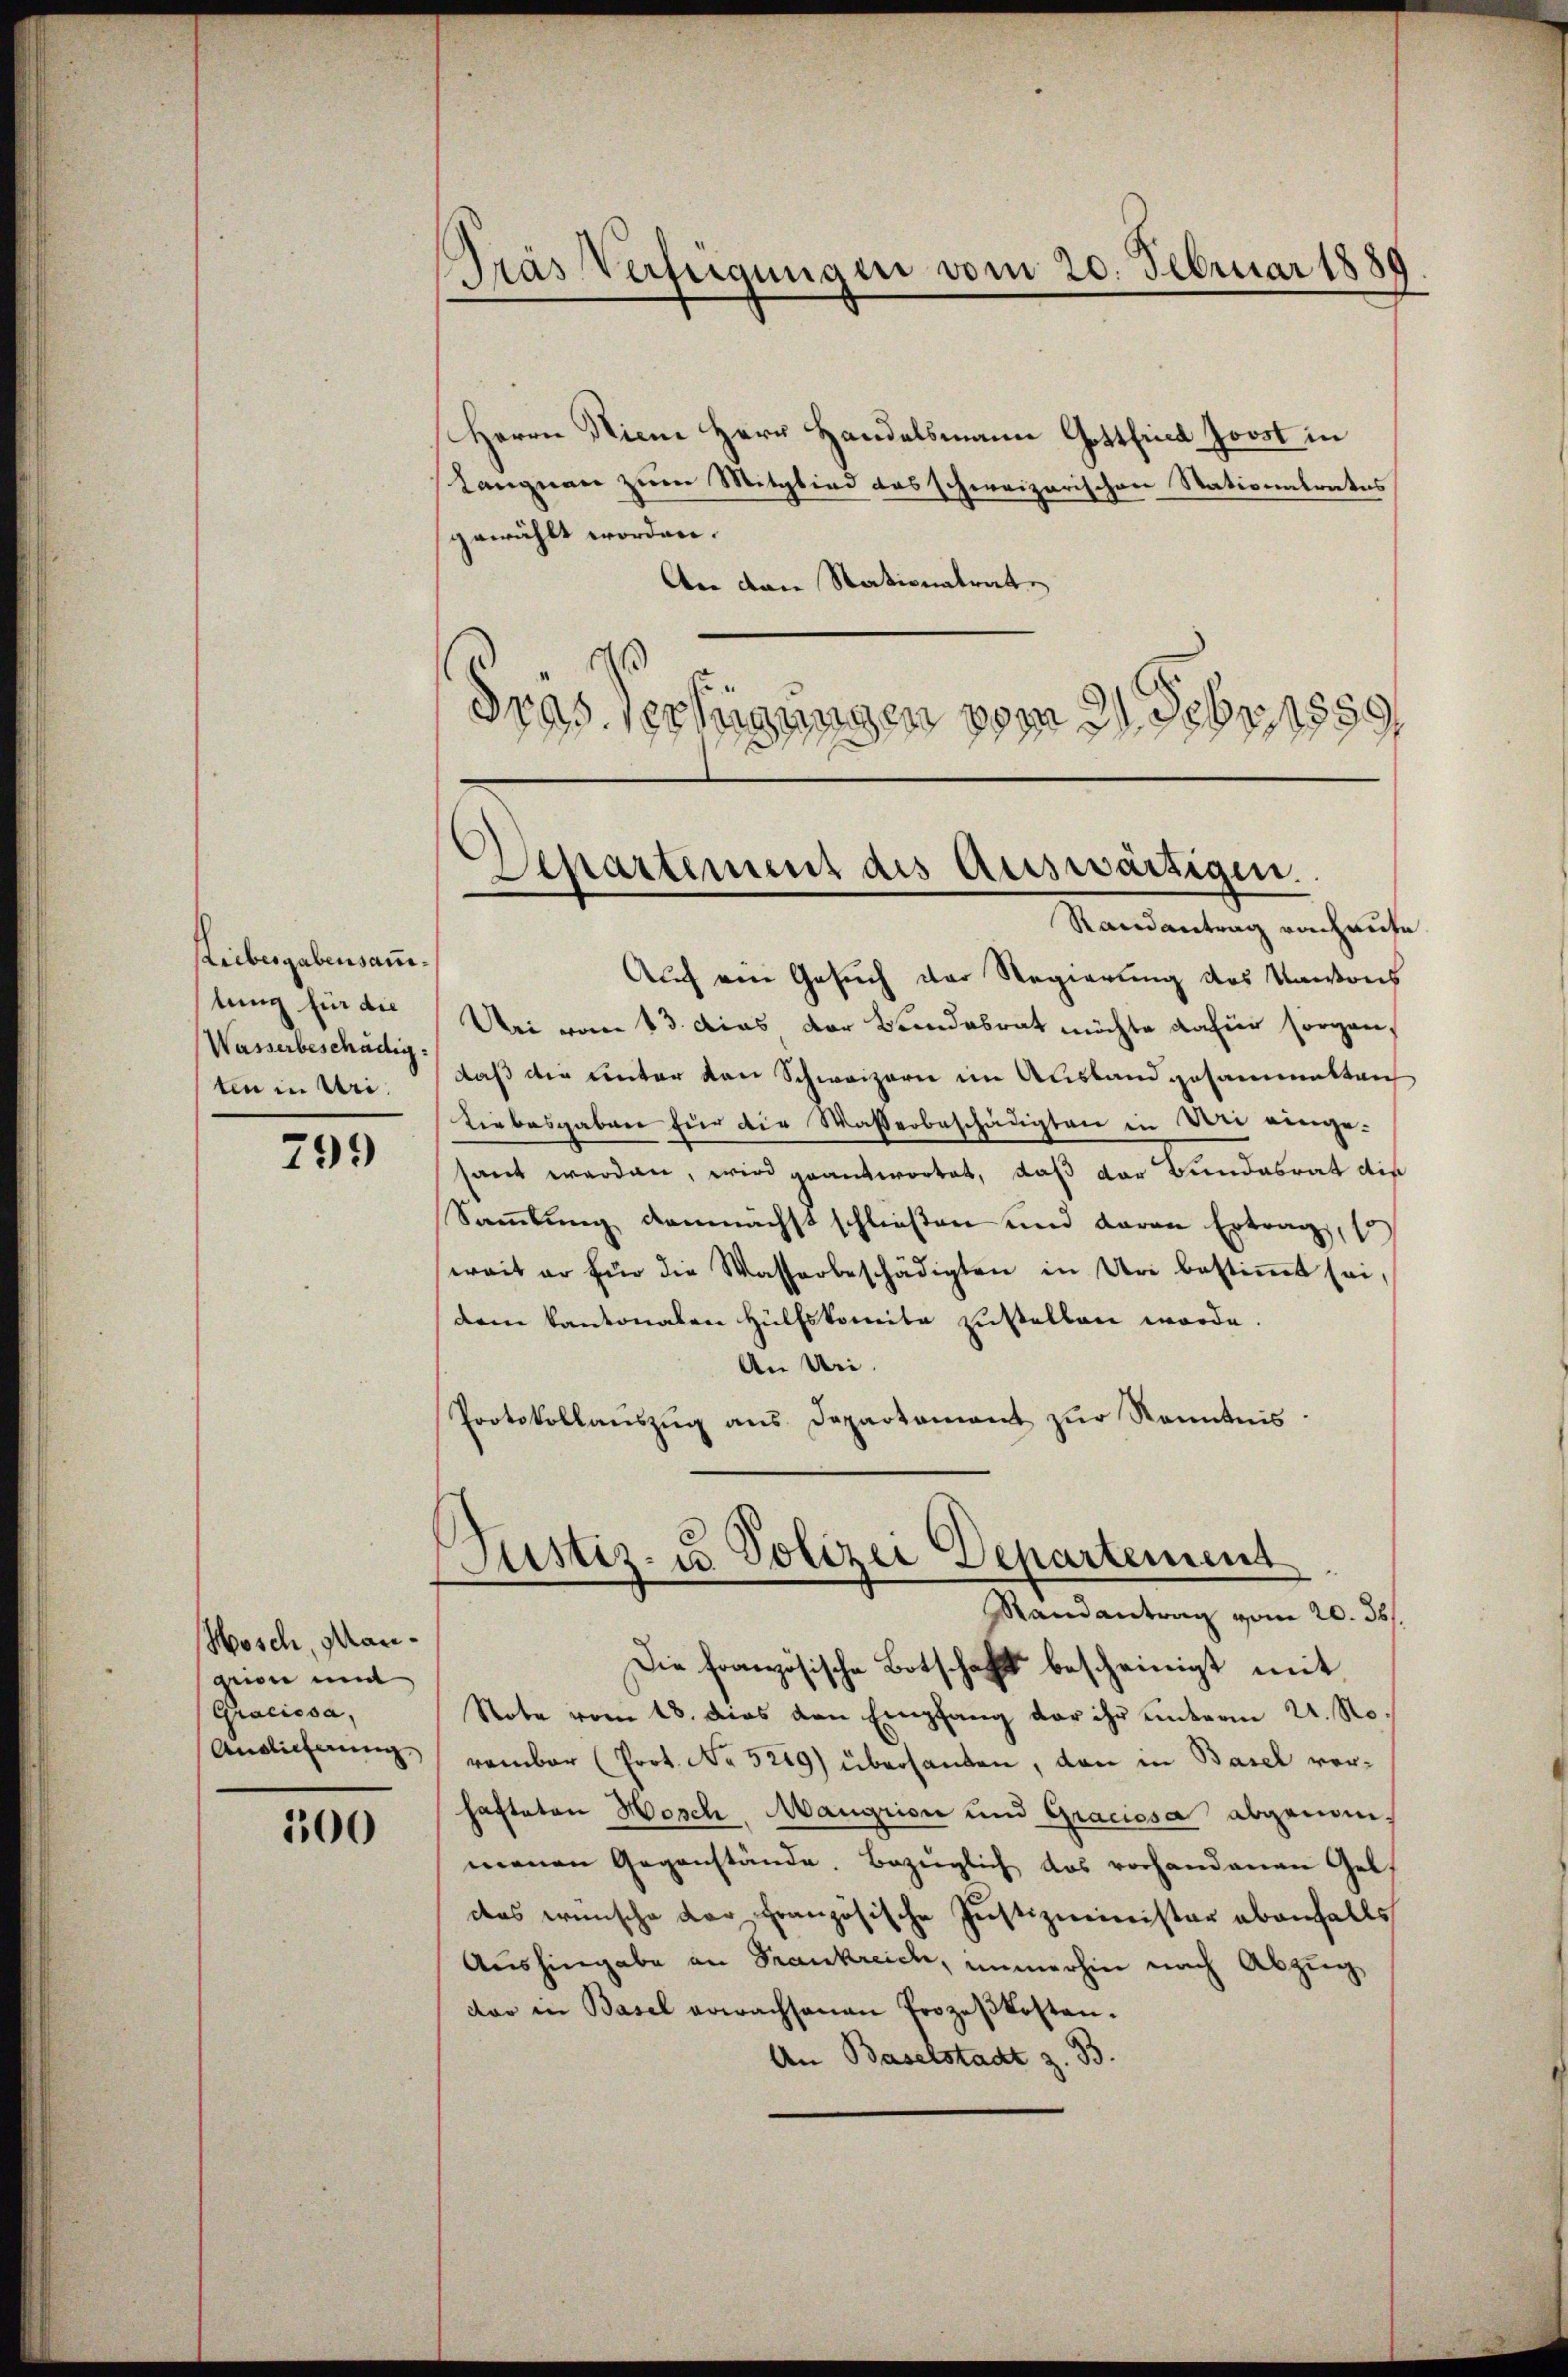
Reibesgabensammtung für die
Wasserbeschädig
ten in Uri.

799

Mosch, Mangrien mi
Graciosa,
Anglicherung.

300

Pras Verfügungen vom 20. Februar 1889

Herrn Nieme Herr Handelsmann Gottfind Joost in
tangnau zum Mitglied des schweizerischen Stationalrates
gewählt worden.
An den Stationalrate
¬
Gras Verfügungen vom 21. Febr. 1889

Separtement des Auswärtigen.

Randantrag von haute
Auch ein Gesuch der Regierung des Kantons
Uri vom 13. das der Bundesrat möchte dafür sorgen,
daß die unter von Schweizern im Ausland gesammettenh
Liebesgaben für die Wasserbeschädigten in Dei einge-
sant werden, wird geantwortet, daß der Bundesrat die
Sammlung demnächst schließen und daran Ertrag,
weit er Ein die Wasserbeschädigten in Uri bestimmt sei,
dem kantonalen Hülfskomite zustellen werde.
An Uri.
Protokollaŭszŭg ans Departament zŭr Kenntnis.

Justiz- u. Polizei Departement
Randantrag vom 20. ds.

Die französische Botschaft bescheinigt mit
Note vom 18. dies von Empfang der ihr unterm 21. November (Prot. No 5249) übersanten, dann in Basel verhafteten Hosch, Maugrion und Graciosa abgenommenen Gegenstände. Bezüglich das vorhandenen Gel
das wünsche der französische Justizminister ebenfalls
Aushingabe an Frankreich, immerhin nach Abzug,
dar in Basel erwachsanen Prozeßkosten.
An Baselstadt z. 33